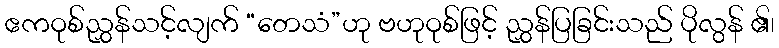
ဧကဝုစ်ညွှန်သင့်လျက် “တေသံ”ဟု ဗဟုဝုစ်ဖြင့် ညွှန်ပြခြင်းသည် ပိုလွန် ၏၊